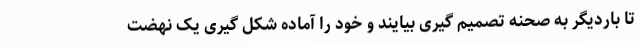
تا باردیگر به صحنه تصمیم گیری بیایند و خود را آماده شکل گیری یک نهضت